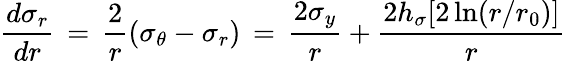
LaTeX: \frac{d\sigma_{r}}{dr}\, =\, \frac{2}{r}\left(\sigma_{\theta}-\sigma_{r}\right)\, =\, \frac{2\sigma_{y}}{r}+\frac{2h_{\sigma}[2\ln(r/r_{0})]}{r}